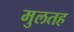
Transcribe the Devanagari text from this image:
मुलतह